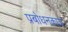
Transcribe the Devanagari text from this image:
प्रबोधनकाळ